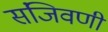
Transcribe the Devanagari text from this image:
संजिवणी